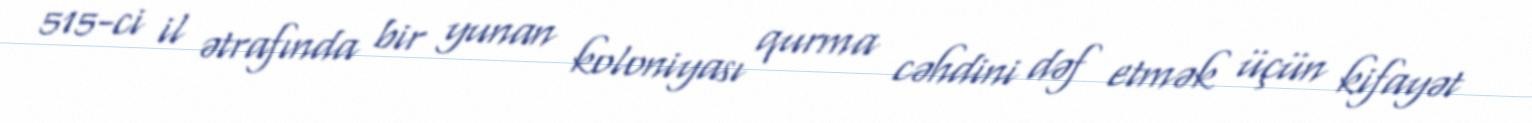
515-ci il ətrafında bir yunan koloniyası qurma cəhdini dəf etmək üçün kifayət